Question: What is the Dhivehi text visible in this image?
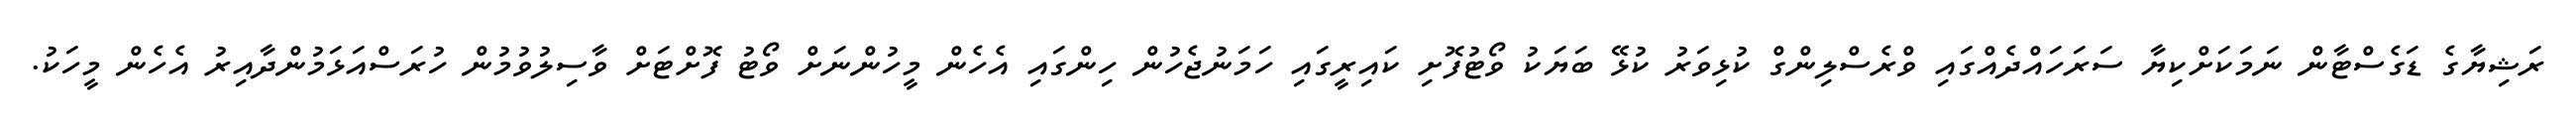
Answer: ރަޝިޔާގެ ޑަގެސްޓާން ނަމަކަށްކިޔާ ސަރަހައްދެއްގައި ވްރެސްލިންގް ކުޅިވަރު ކުޅޭ ބަޔަކު ވޯޓުފޮށި ކައިރީގައި ހަމަނުޖެހުން ހިންގައި އެހެން މީހުންނަށް ވޯޓު ފޮށްޓަށް ވާސިލުވުމުން ހުރަސްއަޅަމުންދާއިރު އެހެން މީހަކު.